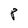
Character: 8